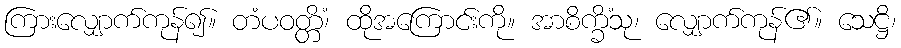
ကြားလျှောက်ကုန်၍။ တံပဝတ္တိံ၊ ထိုအကြောင်းကို။ အာစိက္ခိံသု၊ လျှောက်ကုန်၏။ သေဋ္ဌိ၊